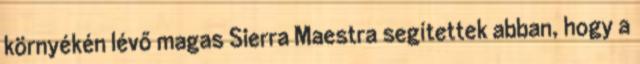
környékén lévő magas Sierra Maestra segítettek abban, hogy a